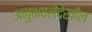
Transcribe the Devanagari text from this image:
अनुभवलेदेखील